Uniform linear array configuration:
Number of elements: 12
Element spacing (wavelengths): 0.75
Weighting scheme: exponential
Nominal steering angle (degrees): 30
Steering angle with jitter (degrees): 31.95
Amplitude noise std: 0.05
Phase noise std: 0.05

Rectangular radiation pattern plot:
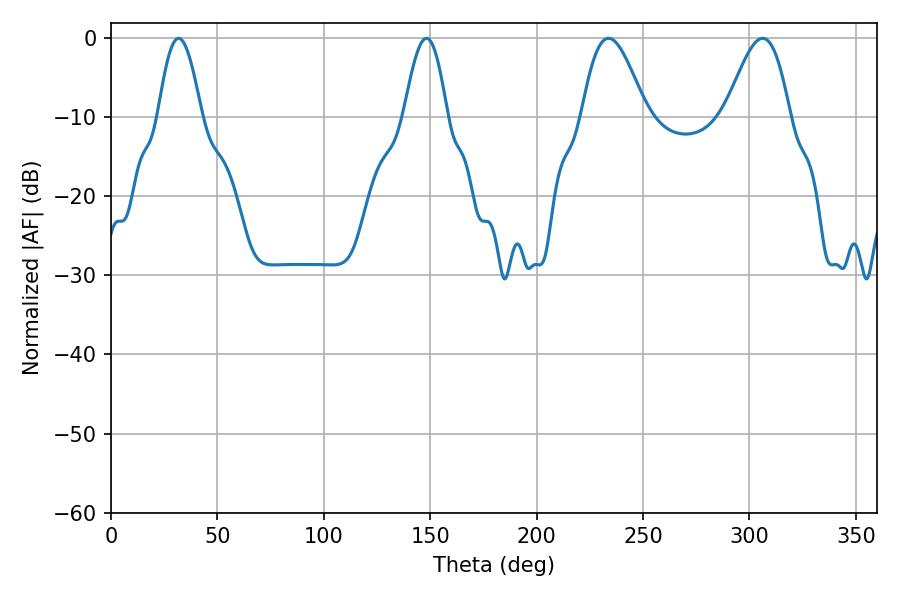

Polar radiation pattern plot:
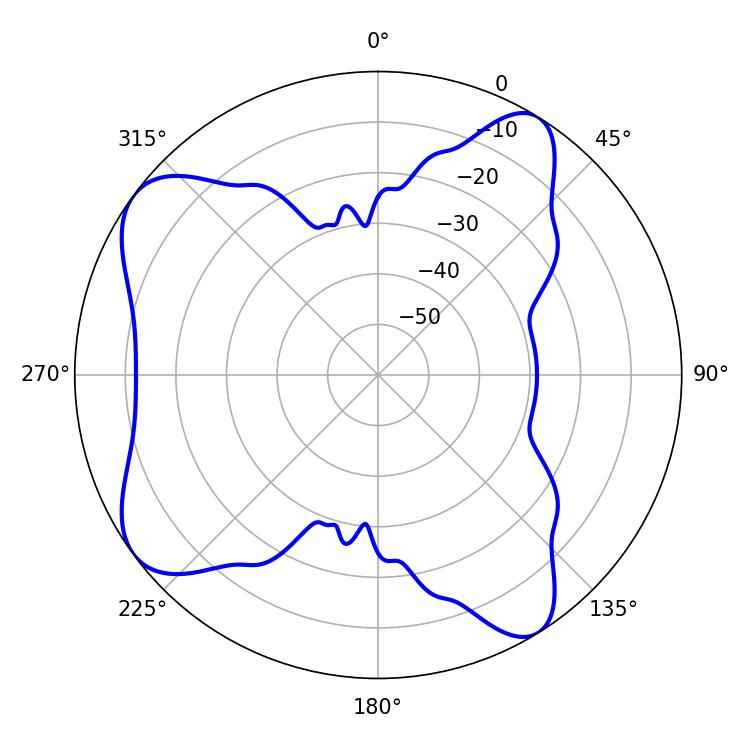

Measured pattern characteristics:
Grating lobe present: TRUE
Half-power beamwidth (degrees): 16.2
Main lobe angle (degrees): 233.82